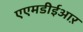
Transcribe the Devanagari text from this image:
एएमडीईआऱ